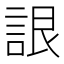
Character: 詪